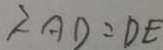
\therefore A D = D E